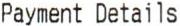
PAYMENT DETAILS